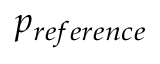
p _ { r e f e r e n c e }